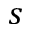
s